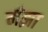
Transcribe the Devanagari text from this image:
मंझा